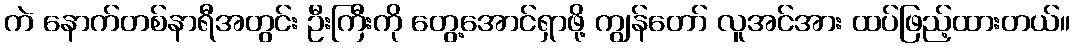
ကဲ နောက်တစ်နာရီအတွင်း ဦးကြီးကို တွေ့အောင်ရှာဖို့ ကျွန်တော် လူအင်အား ထပ်ဖြည့်ထားတယ်။